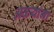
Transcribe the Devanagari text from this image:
अळ्यांना